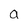
Character: a